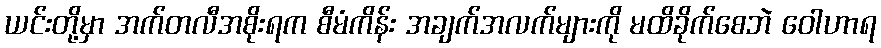
ယင်းတို့မှာ အက်တလီအစိုးရက စီမံကိန်း အချက်အလက်များကို မထိခိုက်စေဘဲ ဝေါဟာရ